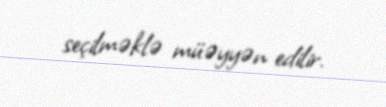
seçilməklə müəyyən edilir.